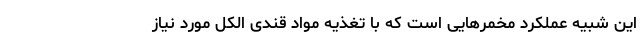
این شبیه عملکرد مخمرهایی است که با تغذیه مواد قندی الکل مورد نیاز